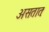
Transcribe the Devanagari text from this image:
असतातः